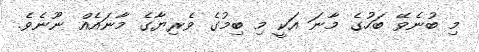
މި ބުނެވޭ ބަހުގެ މާނަ އަކީ މި ބިމުގެ ވެރިޔާގެ މާނައެއް ނޫނެވެ.